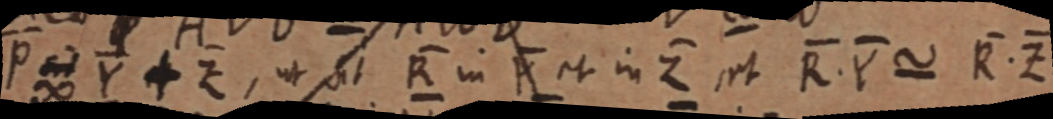
P sit Y + Z, ut sit R in Y et in Z et R.Y ~ R.Z